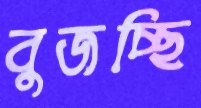
বুজচ্ছি